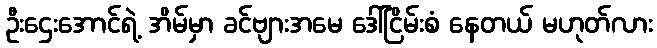
ဦးဌေးအောင်ရဲ့ အိမ်မှာ ခင်ဗျားအမေ ဒေါ်ငြိမ်းစံ နေတယ် မဟုတ်လား